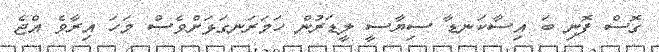
ގޮސް ފޮނި ބަ އިސާކަނޑާ ސިޔާސީ ލީޑަރުން ހަމަރަނގަޅަށްވެސް މަހަ އިރާވެ އްޖެ